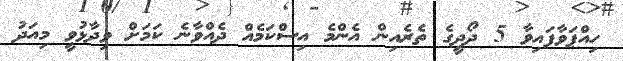
ހިއްޕަވާފައިވާ 5 ދޯދީގެ ތެރެއިން އެންމެ އިސްކަމެއް ދެއްވާނެ ކަމަށް ވިދާޅުވީ މިއަދު